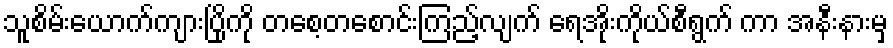
သူစိမ်းယောက်ကျားပြိုကို တစေ့တစောင်းကြည့်လျက် ရေအိုးကိုယ်စီရွက် ကာ အနီးနားမှ